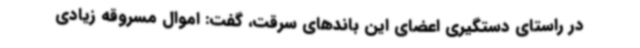
در راستای دستگیری اعضای این باندهای سرقت، گفت: اموال مسروقه زیادی